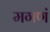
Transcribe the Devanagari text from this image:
मगणं